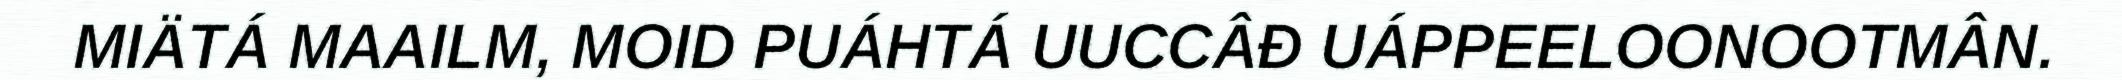
MIÄTÁ MAAILM, MOID PUÁHTÁ UUCCÂĐ UÁPPEELOONOOTMÂN.